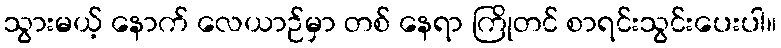
သွားမယ့် နောက် လေယာဉ်မှာ တစ် နေရာ ကြိုတင် စာရင်းသွင်းပေးပါ။